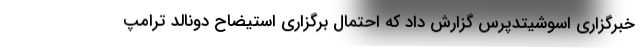
خبرگزاری اسوشیتدپرس گزارش داد که احتمال برگزاری استیضاح دونالد ترامپ